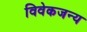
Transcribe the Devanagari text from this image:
विवेकजन्य